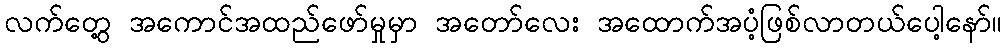
လက်တွေ့ အကောင်အထည်ဖော်မှုမှာ အတော်လေး အထောက်အပံ့ဖြစ်လာတယ်ပေါ့နော်။